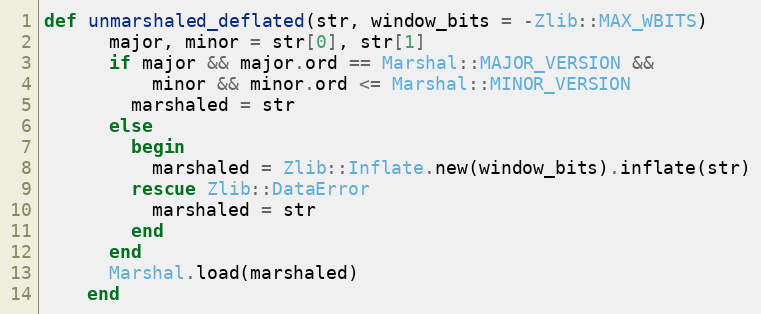
Language: Ruby
def unmarshaled_deflated(str, window_bits = -Zlib::MAX_WBITS)
      major, minor = str[0], str[1]
      if major && major.ord == Marshal::MAJOR_VERSION &&
          minor && minor.ord <= Marshal::MINOR_VERSION
        marshaled = str
      else
        begin
          marshaled = Zlib::Inflate.new(window_bits).inflate(str)
        rescue Zlib::DataError
          marshaled = str
        end
      end
      Marshal.load(marshaled)
    end